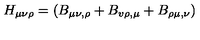
H _ { \mu \nu \rho } = ( B _ { \mu \nu , \rho } + B _ { v \rho , \mu } + B _ { \rho \mu , \nu } )